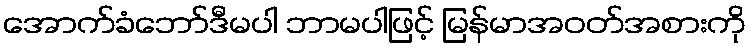
အောက်ခံဘော်ဒီမပါ ဘာမပါဖြင့် မြန်မာအဝတ်အစားကို